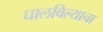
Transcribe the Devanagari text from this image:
घालविल्याचा